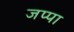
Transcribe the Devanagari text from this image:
जप्पा